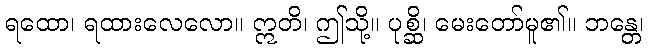
ရထော၊ ရထားလေလော။ ဣတိ၊ ဤသို့။ ပုစ္ဆိ၊ မေးတော်မူ၏။ ဘန္တေ၊